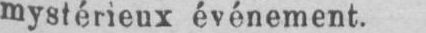
mystérieux événement.